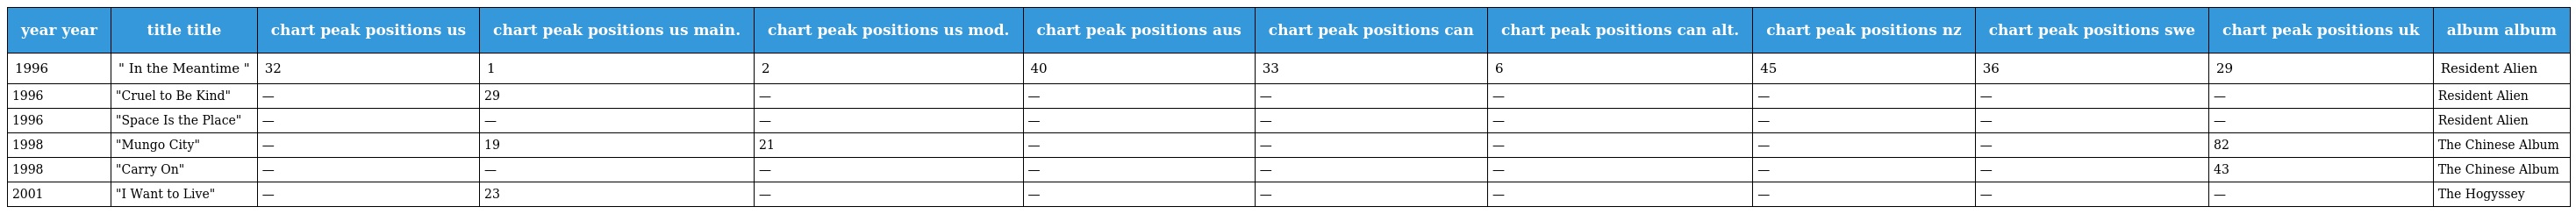
| year year | title title | chart peak positions us | chart peak positions us main. | chart peak positions us mod. | chart peak positions aus | chart peak positions can | chart peak positions can alt. | chart peak positions nz | chart peak positions swe | chart peak positions uk | album album |
 | --- | --- | --- | --- | --- | --- | --- | --- | --- | --- | --- | --- |
 | 1996 | " In the Meantime " | 32 | 1 | 2 | 40 | 33 | 6 | 45 | 36 | 29 | Resident Alien |
 | 1996 | "Cruel to Be Kind" | — | 29 | — | — | — | — | — | — | — | Resident Alien |
 | 1996 | "Space Is the Place" | — | — | — | — | — | — | — | — | — | Resident Alien |
 | 1998 | "Mungo City" | — | 19 | 21 | — | — | — | — | — | 82 | The Chinese Album |
 | 1998 | "Carry On" | — | — | — | — | — | — | — | — | 43 | The Chinese Album |
 | 2001 | "I Want to Live" | — | 23 | — | — | — | — | — | — | — | The Hogyssey |